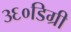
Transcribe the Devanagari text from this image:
३६०डिग्री